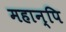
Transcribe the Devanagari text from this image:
महान्पि